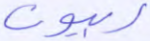
ربيون